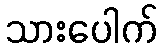
သားပေါက်